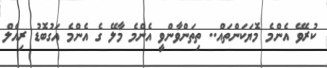
ކުރެވޭ އެންމެ މޮޔަކަންތައް.. ތިތަންވާންވީ އެންމެ މާލޭ ގެ އެންމެ އަގުބޮޑު ރިއެލް